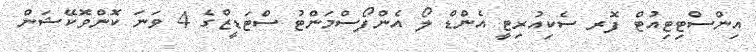
އިންސްޓިޓިއުޓް ފޮރ ސެކިއުރިޓީ އެންޑް ލޯ އެންފޯސްމަންޓު ސްޓަޑީޒްގެ 4 ވަނަ ކޮންވޮކޭޝަން